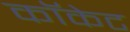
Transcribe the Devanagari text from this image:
कॉकेट